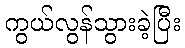
ကွယ်လွန်သွားခဲ့ပြီး